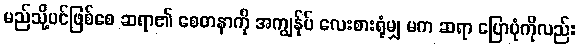
မည်သို့ပင်ဖြစ်စေ ဆရာ၏ စေတနာကို အကျွန်ုပ် လေးစားရုံမျှ မက ဆရာ ပြောပုံကိုလည်း